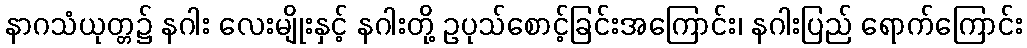
နာဂသံယုတ္တ၌ နဂါး လေးမျိုးနှင့် နဂါးတို့ ဥပုသ်စောင့်ခြင်းအကြောင်း၊ နဂါးပြည် ရောက်ကြောင်း